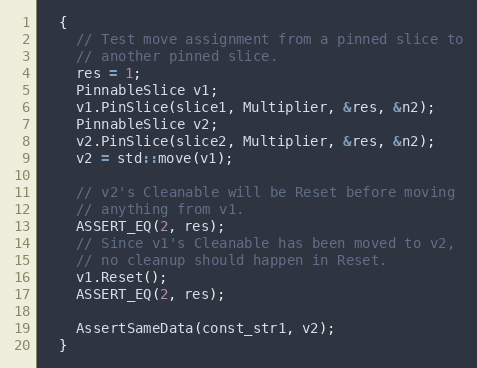
Language: C++
  {
    // Test move assignment from a pinned slice to
    // another pinned slice.
    res = 1;
    PinnableSlice v1;
    v1.PinSlice(slice1, Multiplier, &res, &n2);
    PinnableSlice v2;
    v2.PinSlice(slice2, Multiplier, &res, &n2);
    v2 = std::move(v1);

    // v2's Cleanable will be Reset before moving
    // anything from v1.
    ASSERT_EQ(2, res);
    // Since v1's Cleanable has been moved to v2,
    // no cleanup should happen in Reset.
    v1.Reset();
    ASSERT_EQ(2, res);

    AssertSameData(const_str1, v2);
  }